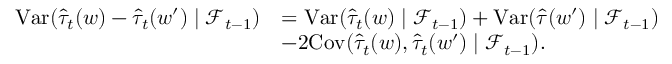
\begin{array} { r l } { \mathrm { V a r } ( \hat { \tau } _ { t } ( w ) - \hat { \tau } _ { t } ( w ^ { \prime } ) \mid \mathcal { F } _ { t - 1 } ) } & { = \mathrm { V a r } ( \hat { \tau } _ { t } ( w ) \mid \mathcal { F } _ { t - 1 } ) + \mathrm { V a r } ( \hat { \tau } ( w ^ { \prime } ) \mid \mathcal { F } _ { t - 1 } ) } \\ & { - 2 \mathrm { C o v } ( \hat { \tau } _ { t } ( w ) , \hat { \tau } _ { t } ( w ^ { \prime } ) \mid \mathcal { F } _ { t - 1 } ) . } \end{array}